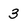
Character: 3